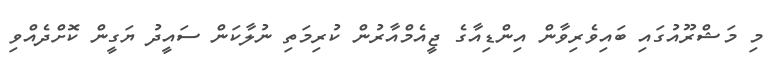
މި މަޝްރޫއުގައި ބައިވެރިވާން އިންޑިއާގެ ޖީއެމްއާރުން ކުރިމަތި ނުލާކަން ސައީދު ޔަގީން ކޮށްދެއްވި